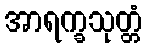
အာရက္ခသုတ္တံ